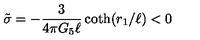
\tilde { \sigma } = - { \frac { 3 } { 4 \pi G _ { 5 } \ell } } \coth ( r _ { 1 } / \ell ) < 0